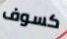
كسوف